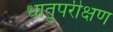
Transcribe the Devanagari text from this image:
धातुपरीक्षण